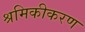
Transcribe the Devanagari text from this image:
श्रमिकीकरण